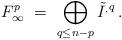
LaTeX: \begin{align*} F^p_\infty \ = \ \bigoplus_{q \le n-p} \tilde I^{\sb,q} \,.\end{align*}